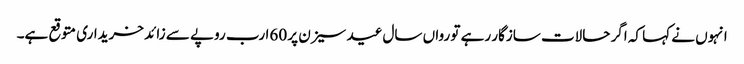
انہوں نے کہا کہ اگر حالات سازگار رہے تو رواں سال عید سیزن پر 60ارب روپے سے زائد خریداری متوقع ہے۔